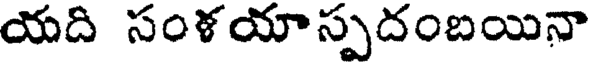
యది సంళయాస్పదంబయినా